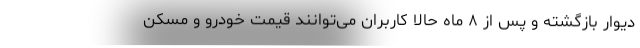
دیوار بازگشته و پس از ۸ ماه حالا کاربران می‌توانند قیمت خودرو و مسکن